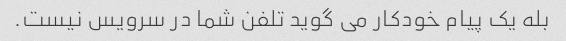
بله یک پیام خودکار می گوید تلفن شما در سرویس نیست.